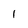
Character: I